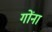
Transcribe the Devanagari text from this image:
गोंना